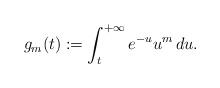
LaTeX: \begin{align*}g_m(t):=\int_{t}^{+\infty} e^{-u} u^{m}\, d u.\end{align*}